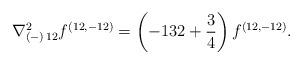
LaTeX: \begin{align*}{\nabla^2_{(-)\, 12} f^{(12,-12)} = \left( -132 +{3\over 4}\right) f^{(12,-12)}.}\end{align*}